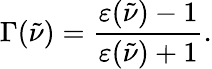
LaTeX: \Gamma(\tilde{\nu})=\frac{\varepsilon(\tilde{\nu})-1}{\varepsilon(\tilde{\nu})+1}.